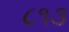
૮૧૩